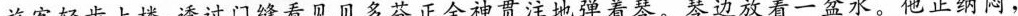
旅客轻步上楼，透过门缝看见贝多芬正全神贯注地弹着琴。琴边放着一盆水。他正纳闷，